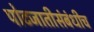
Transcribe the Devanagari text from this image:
पोटजातीसंबंधीच